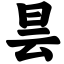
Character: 昙